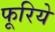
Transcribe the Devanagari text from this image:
फूरिये